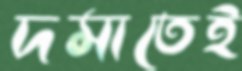
দমাতেই